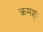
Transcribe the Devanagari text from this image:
क्रमश्ः